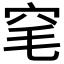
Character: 𬔆